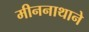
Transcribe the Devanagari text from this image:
मीननाथाने